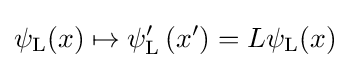
\psi _{\rm {L}}(x)\mapsto \psi _{\rm {L}}^{\prime }\left(x^{\prime }\right)=L\psi _{\rm {L}}(x)